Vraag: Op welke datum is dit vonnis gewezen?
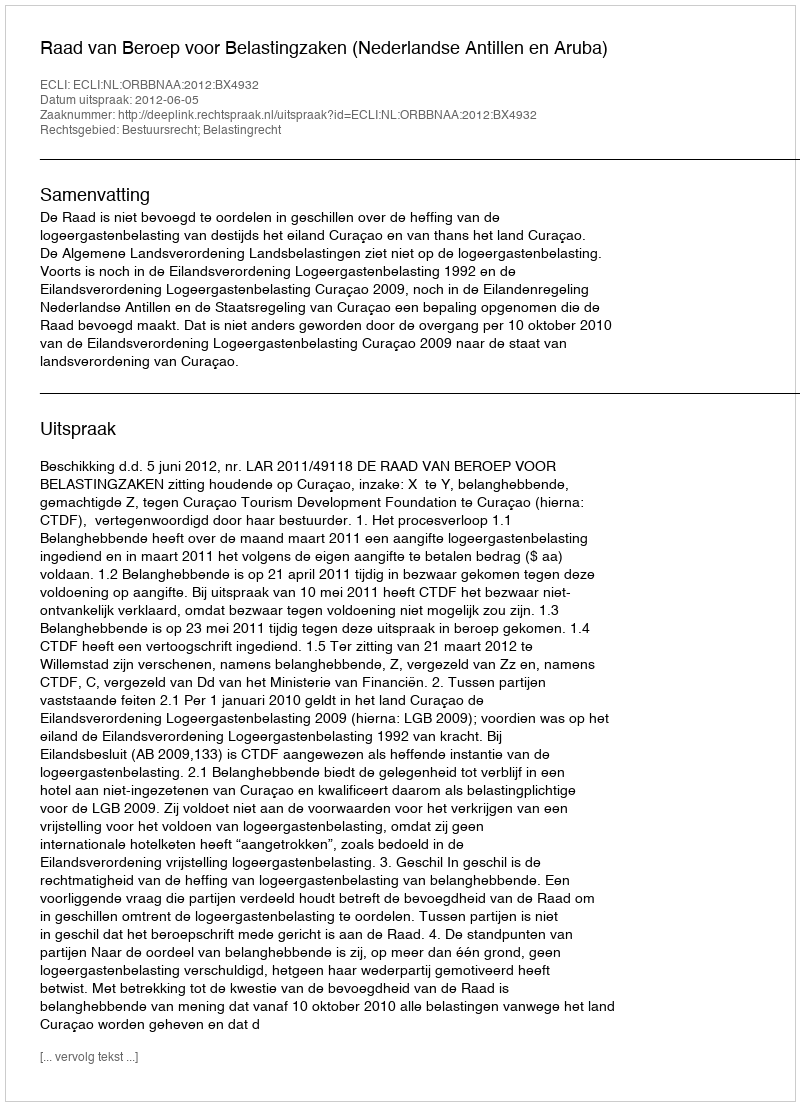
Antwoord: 2012-06-05